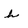
Character: h